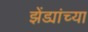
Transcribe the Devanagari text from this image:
झेंड्यांच्या